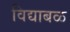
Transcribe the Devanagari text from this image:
विद्याबळ